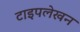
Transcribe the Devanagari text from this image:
टाइपलेखन